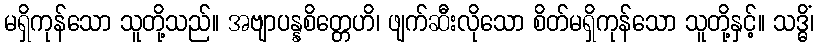
မရှိကုန်သော သူတို့သည်။ အဗျာပန္နစိတ္တေဟိ၊ ဖျက်ဆီးလိုသော စိတ်မရှိကုန်သော သူတို့နှင့်။ သဒ္ဓိံ၊